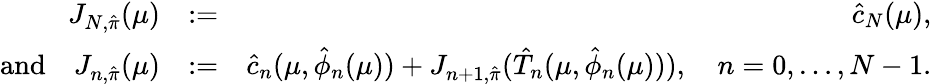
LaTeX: \begin{array}{rlr}{J_{N,\hat{\pi}}(\mu)}&{:=}&{\hat{c}_{N}(\mu),}\\ {\mathrm{and}\quad J_{n,\hat{\pi}}(\mu)}&{:=}&{\hat{c}_{n}(\mu,\hat{\phi}_{n}(\mu))+J_{n+1,\hat{\pi}}(\hat{T}_{n}(\mu,\hat{\phi}_{n}(\mu))),\quad n=0,\ldots,N-1.}\end{array}